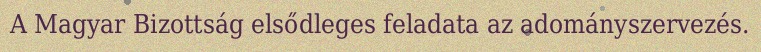
A Magyar Bizottság elsődleges feladata az adományszervezés.